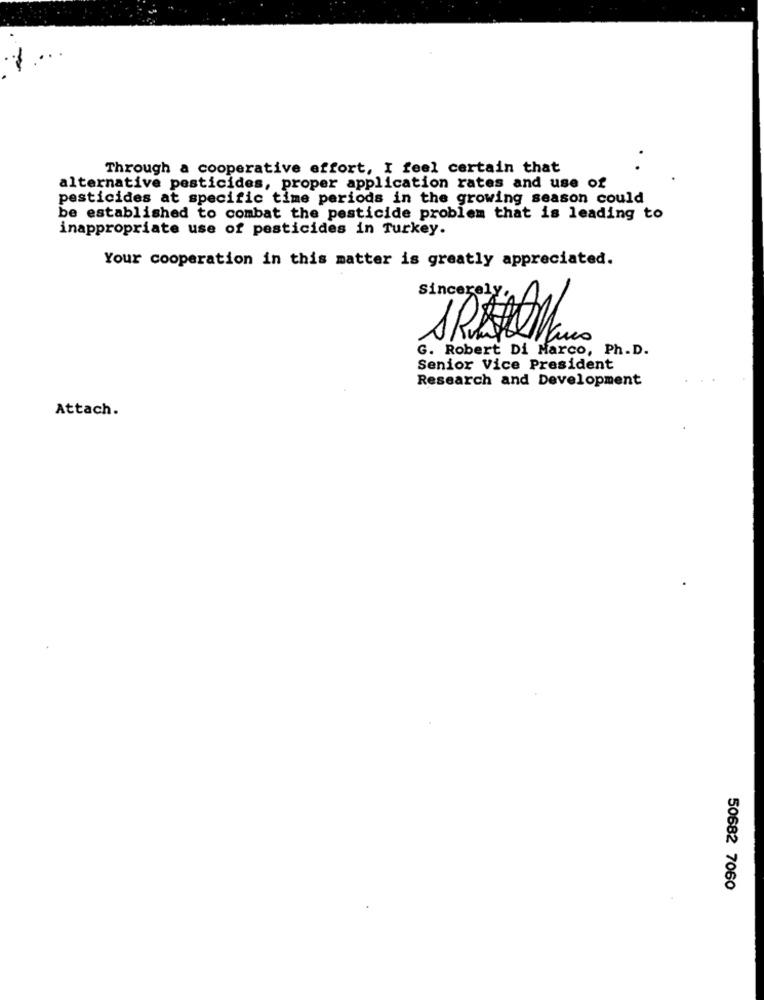
Through a cooperative effort, I feel certain that
alternative pesticides, proper application rates and use of
pesticides at specific time periods in the growing season could
be established to combat the pesticide problem that is leading to
inappropriate use of pesticides in Turkey.
Your cooperation in this matter is greatly appreciated.
Sincerely,
G. Robert Di Marco, Ph.D.
Senior Vice President
Research and Development
Attach.
50682 7060